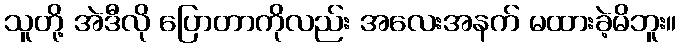
သူတို့ အဲဒီလို ပြောတာကိုလည်း အလေးအနက် မထားခဲ့မိဘူး။